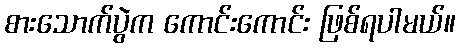
စားသောက်ပွဲက ကောင်းကောင်း ဖြစ်ရပါမယ်။